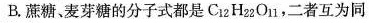
B.蔗糖、麦芽糖的分子式都是C_{12}H_{22}O_{11} ，二者互为同